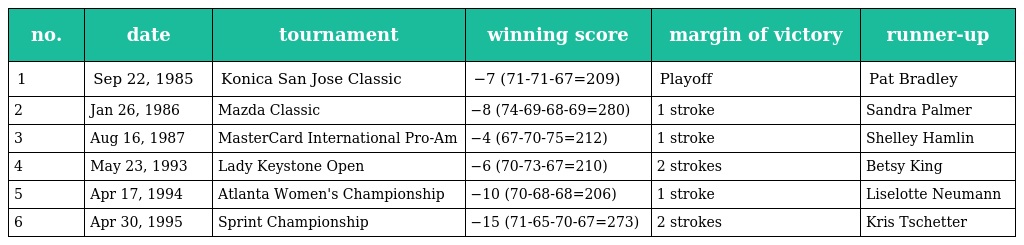
| no. | date | tournament | winning score | margin of victory | runner-up |
 | --- | --- | --- | --- | --- | --- |
 | 1 | Sep 22, 1985 | Konica San Jose Classic | −7 (71-71-67=209) | Playoff | Pat Bradley |
 | 2 | Jan 26, 1986 | Mazda Classic | −8 (74-69-68-69=280) | 1 stroke | Sandra Palmer |
 | 3 | Aug 16, 1987 | MasterCard International Pro-Am | −4 (67-70-75=212) | 1 stroke | Shelley Hamlin |
 | 4 | May 23, 1993 | Lady Keystone Open | −6 (70-73-67=210) | 2 strokes | Betsy King |
 | 5 | Apr 17, 1994 | Atlanta Women's Championship | −10 (70-68-68=206) | 1 stroke | Liselotte Neumann |
 | 6 | Apr 30, 1995 | Sprint Championship | −15 (71-65-70-67=273) | 2 strokes | Kris Tschetter |